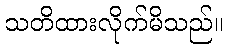
သတိထားလိုက်မိသည်။